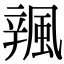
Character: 𨐦